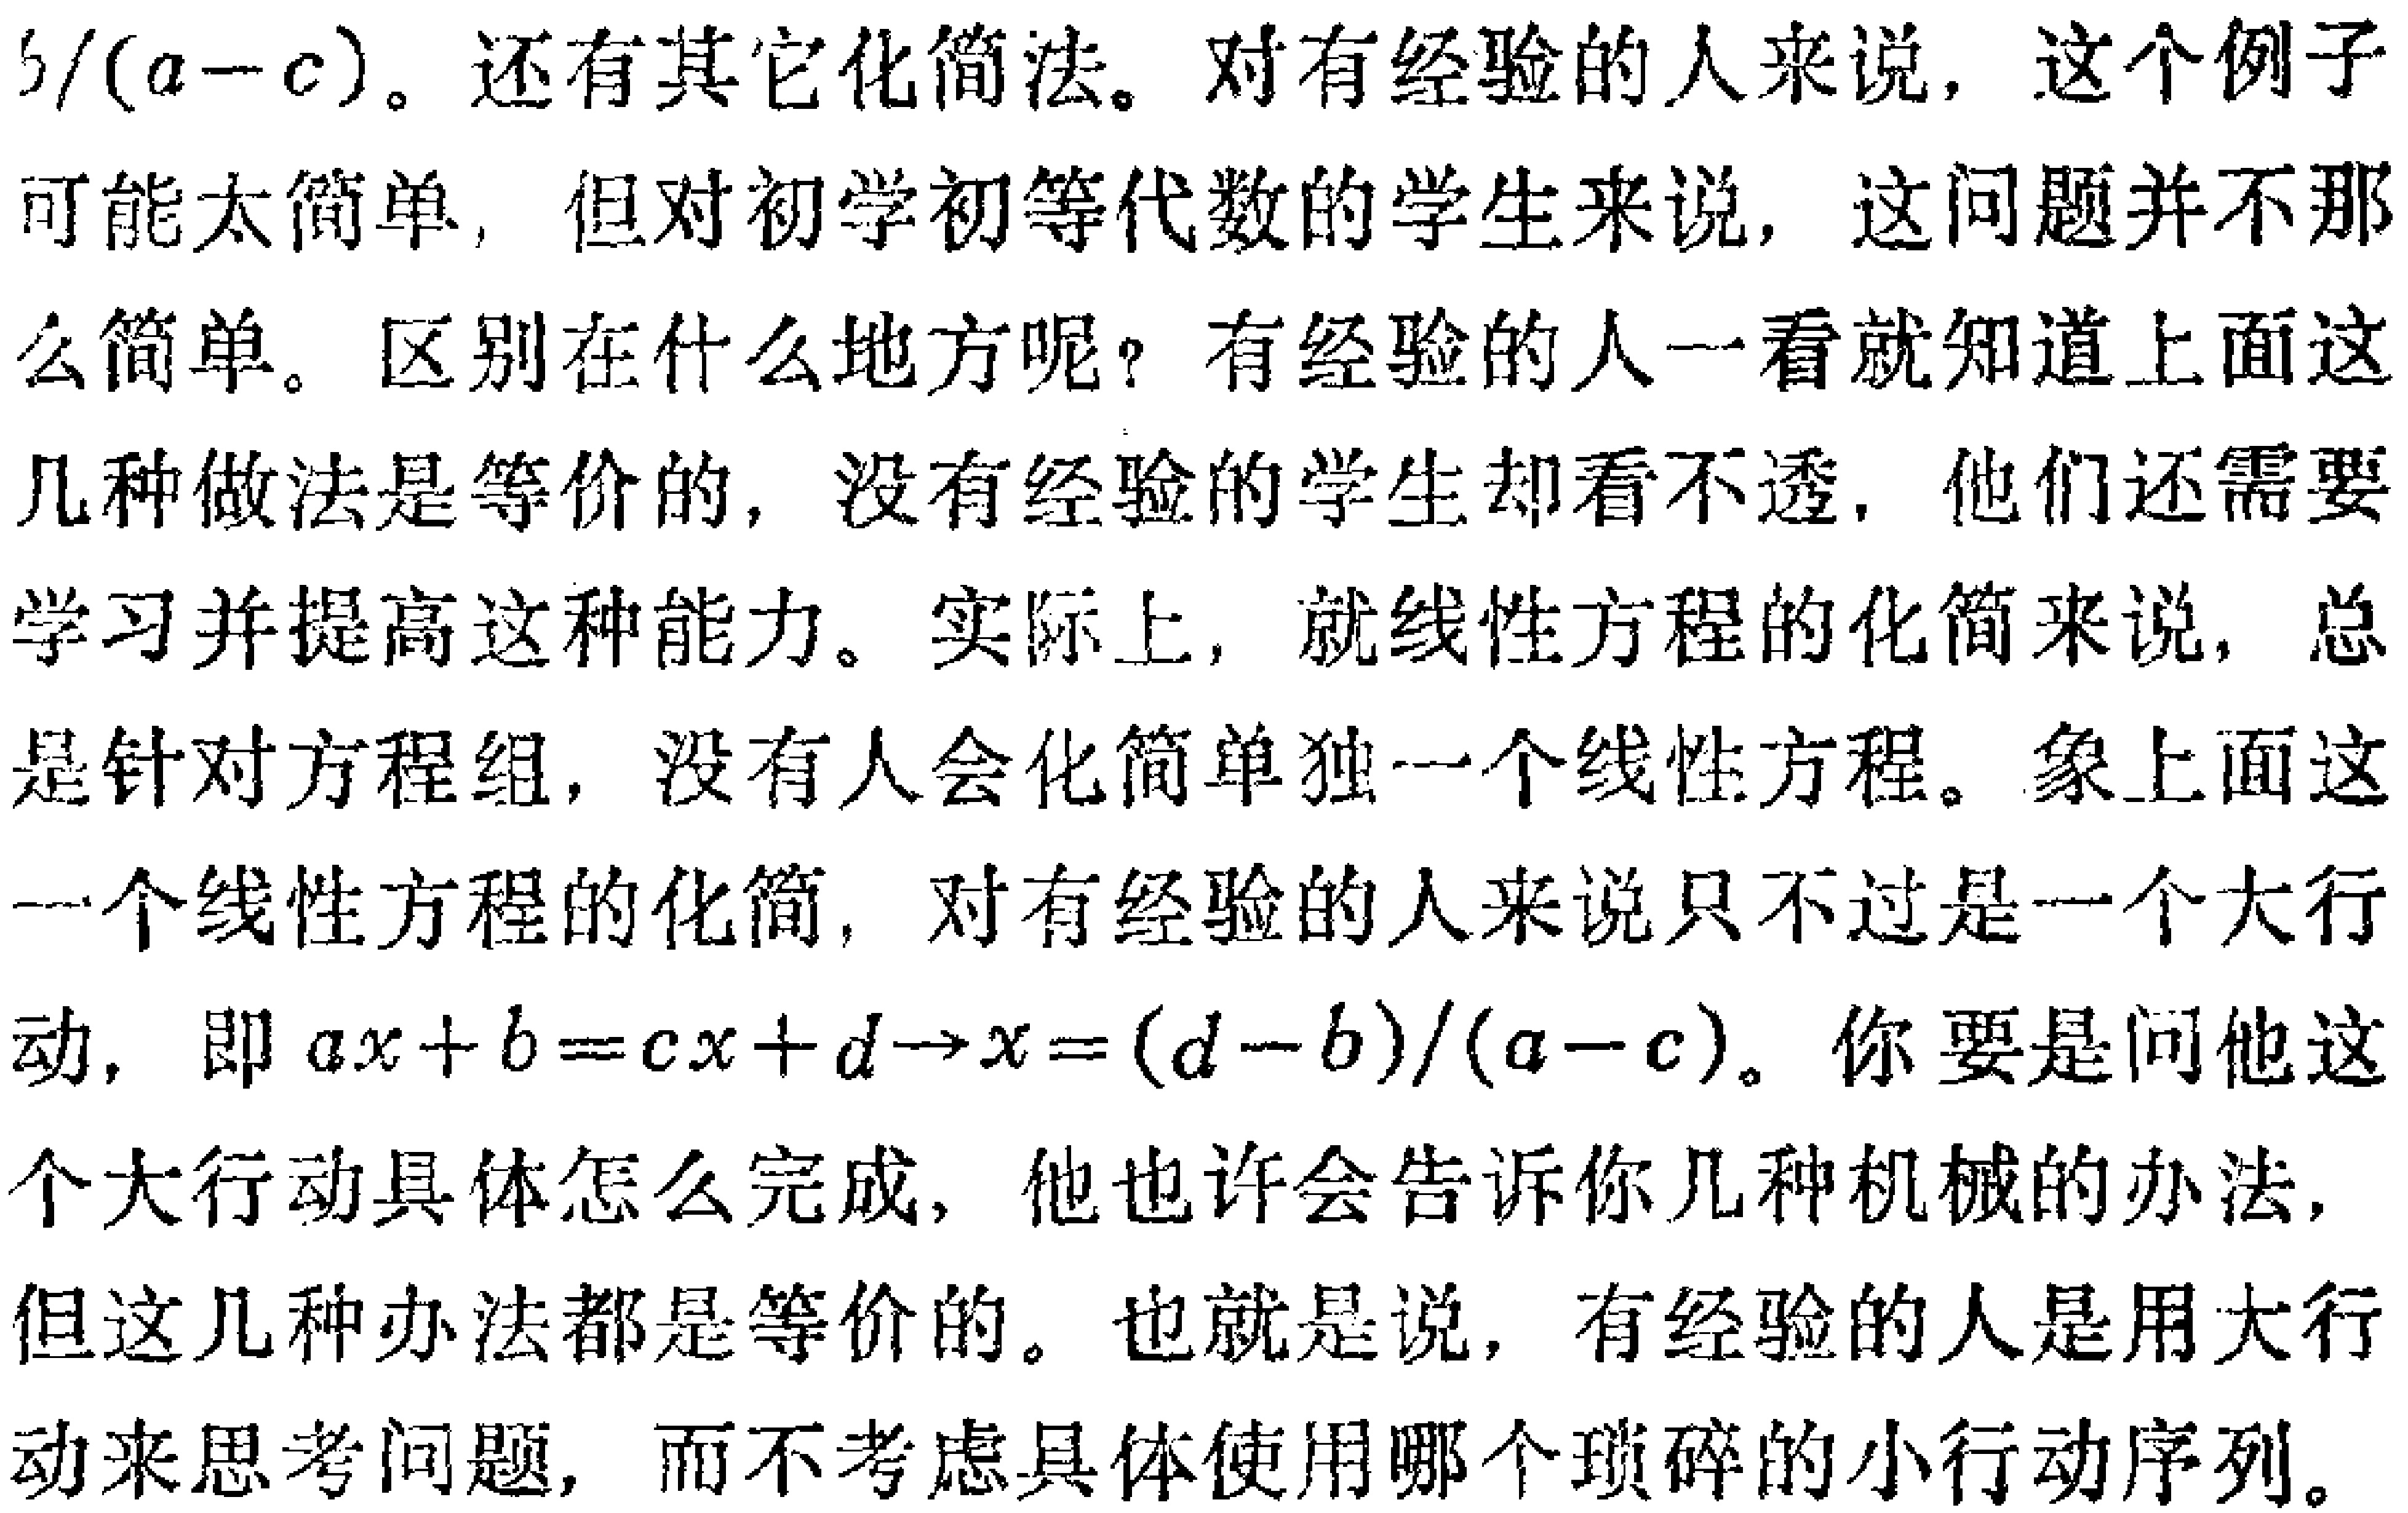
$b/(a - c)$。还有其它化简法。对有经验的人来说，这个例子可能太简单，但对初学初等代数的学生来说，这问题并不那么简单。区别在什么地方呢？有经验的人一看就知道上面这几种做法是等价的，没有经验的学生却看不透，他们还需要学习并提高这种能力。实际上，就线性方程的化简来说，总是针对方程组，没有人会化简单独一个线性方程。象上面这一个线性方程的化简，对有经验的人来说只不过是一个大行动，即$ax + b = cx + d \to x = (d - b)/(a - c)$。你要是问他这个大行动具体怎么完成，他也许会告诉你几种机械的办法，但这几种办法都是等价的。也就是说，有经验的人是用大行动来思考问题，而不考虑具体使用哪个琐碎的小行动序列。